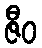
ဇီဝ